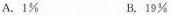
A.1\% B.19\%